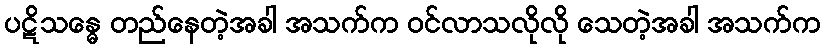
ပဋိသန္ဓေ တည်နေတဲ့အခါ အသက်က ဝင်လာသလိုလို သေတဲ့အခါ အသက်က